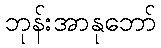
ဘုန်းအာနုဘော်